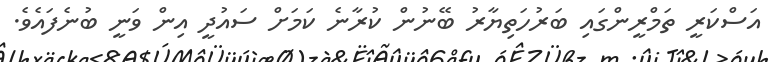
އަސްކަރީ ތަމްރީންގައި ބަރުހަތިޔާރު ބޭނުން ކުރާނެ ކަމަށް ސައުދީ އިން ވަނީ ބުނެފައެވެ.